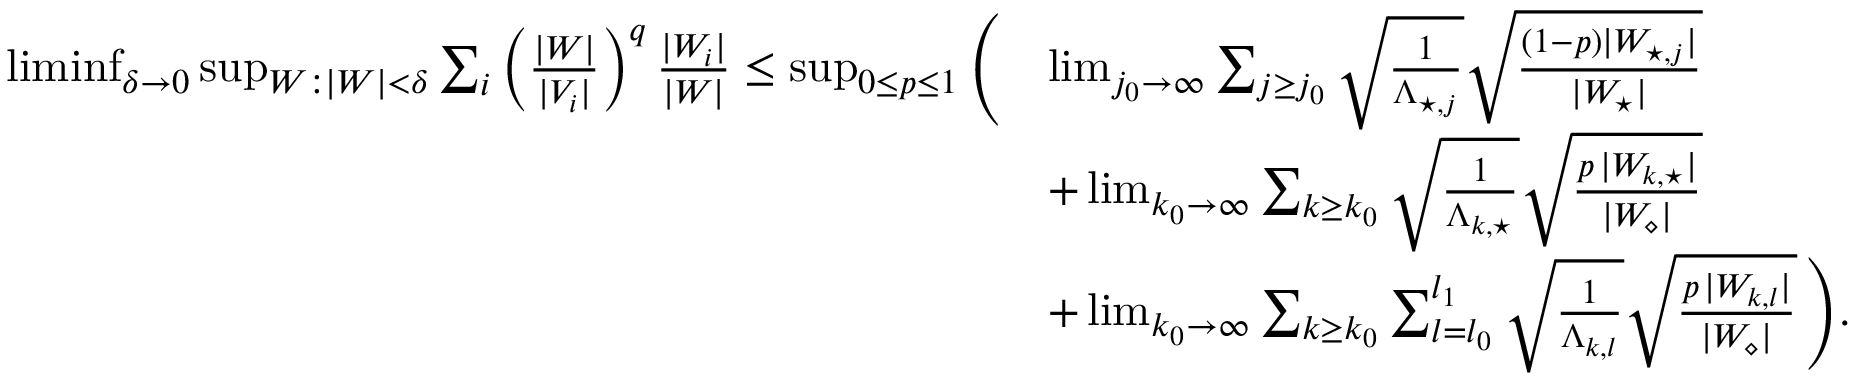
\begin{array} { r l } { \operatorname* { l i m i n f } _ { \delta \to 0 } \operatorname* { s u p } _ { W : | W | < \delta } \sum _ { i } \left( \frac { | W | } { | V _ { i } | } \right) ^ { q } \frac { | W _ { i } | } { | W | } \leq \operatorname* { s u p } _ { 0 \leq p \leq 1 } \Bigg ( } & { \operatorname* { l i m } _ { j _ { 0 } \to \infty } \sum _ { j \geq j _ { 0 } } \sqrt { \frac { 1 } { \Lambda _ { \star , j } } } \sqrt { \frac { ( 1 - p ) | W _ { \star , j } | } { | W _ { \star } | } } } \\ & { + \operatorname* { l i m } _ { k _ { 0 } \to \infty } \sum _ { k \geq k _ { 0 } } \sqrt { \frac { 1 } { \Lambda _ { k , \star } } } \sqrt { \frac { p \, | W _ { k , \star } | } { | W _ { \diamond } | } } } \\ & { + \operatorname* { l i m } _ { k _ { 0 } \to \infty } \sum _ { k \geq k _ { 0 } } \sum _ { l = l _ { 0 } } ^ { l _ { 1 } } \sqrt { \frac { 1 } { \Lambda _ { k , l } } } \sqrt { \frac { p \, | W _ { k , l } | } { | W _ { \diamond } | } } \, \Bigg ) . } \end{array}